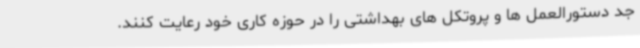
جد دستورالعمل ها و پروتکل های بهداشتی را در حوزه کاری خود رعایت کنند.